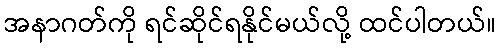
အနာဂတ်ကို ရင်ဆိုင်ရနိုင်မယ်လို့ ထင်ပါတယ်။